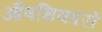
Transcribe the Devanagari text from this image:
औषधिकारों